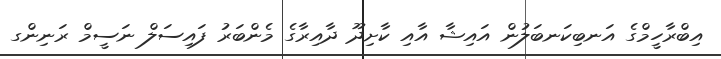
އިބްރާހީމްގެ އަނބިކަނބަލުން އައިޝާ އާއި ކާށިދޫ ދާއިރާގެ މެންބަރު ފައިސަލް ނަސީމް ރަނިންގ